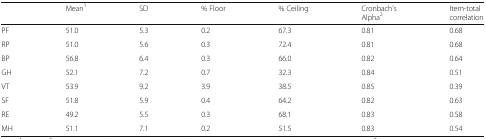
|  | Mean1 | SD | % Floor | % Ceiling | Cronbach’s Alpha2 | Item-total correlation |
 | --- | --- | --- | --- | --- | --- | --- |
 | PF | 51.0 | 5.3 | 0.2 | 67.3 | 0.81 | 0.68 |
 | RP | 51.0 | 5.6 | 0.3 | 72.4 | 0.81 | 0.68 |
 | BP | 56.8 | 6.4 | 0.3 | 66.0 | 0.82 | 0.64 |
 | GH | 52.1 | 7.2 | 0.7 | 32.3 | 0.84 | 0.51 |
 | VT | 53.9 | 9.2 | 3.9 | 38.5 | 0.85 | 0.39 |
 | SF | 51.8 | 5.9 | 0.4 | 64.2 | 0.82 | 0.63 |
 | RE | 49.2 | 5.5 | 0.3 | 68.1 | 0.83 | 0.58 |
 | MH | 51.1 | 7.1 | 0.2 | 51.5 | 0.83 | 0.54 |